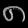
Digit: ၈